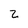
Character: 2